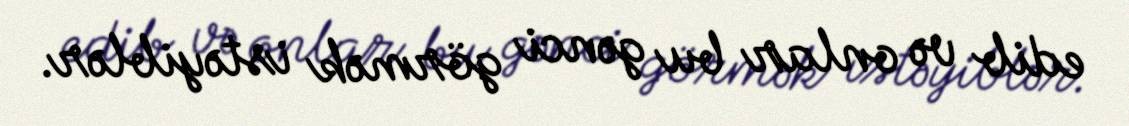
edib və onlar bu gənci görmək istəyiblər.